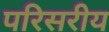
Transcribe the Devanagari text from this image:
परिसरीय